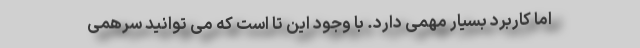
اما کاربرد بسیار مهمی دارد. با وجود این تا است که می توانید سرهمی